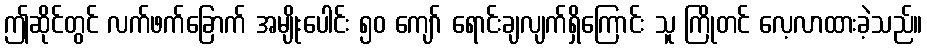
ဤဆိုင်တွင် လက်ဖက်ခြောက် အမျိုးပေါင်း ၅၀ ကျော် ရောင်းချလျက်ရှိကြောင်း သူ ကြိုတင် လေ့လာထားခဲ့သည်။